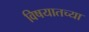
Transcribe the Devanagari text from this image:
विषयातच्या